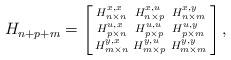
LaTeX: \begin{align*}H_{n+p+m}=\left[\begin{smallmatrix}H^{x,x}_{n\times n} & H^{x,u}_{n\times p} &H^{x,y}_{n\times m} \\H^{u,x}_{p\times n} & H^{u,u}_{p\times p} &H^{u,y}_{p\times m} \\H^{y,x}_{m\times n} & H^{y,u}_{m\times p} &H^{y,y}_{m\times m} \end{smallmatrix}\right],\end{align*}